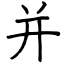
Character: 并